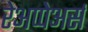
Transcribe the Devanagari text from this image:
रेअप्पेअर्स